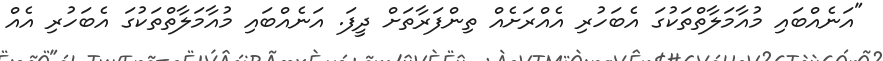
"އަނެއްބައި މުއާމަލާތްތަކުގަ އެބަހުރި އެއްރަށެއް ތިންފަރާތަށް ދީފަ. އަނެއްބައި މުއާމަލާތްތަކުގަ އެބަހުރި އެއް